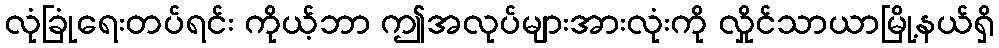
လုံခြုံရေးတပ်ရင်း ကိုယ့်ဘာ ဤအလုပ်များအားလုံးကို လှိုင်သာယာမြို့နယ်ရှိ